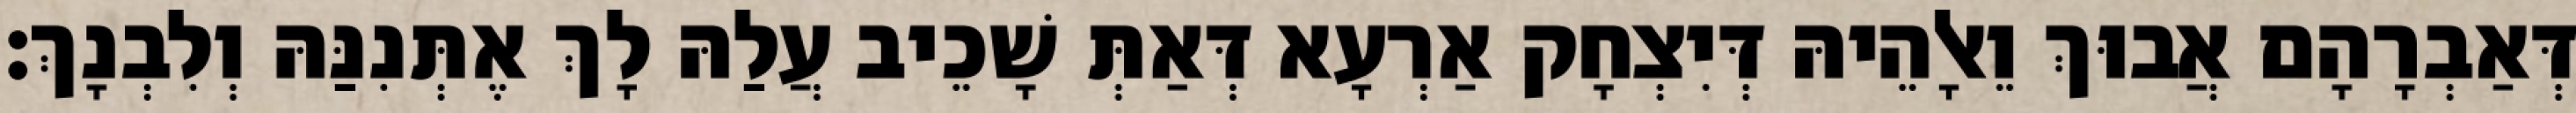
דְּאַבְרָהָם אֲבוּךְ וֵאלָהֵיהּ דְּיִצְחָק אַרְעָא דְּאַתְּ שָׁכֵיב עֲלַהּ לָךְ אֶתְּנִנַּהּ וְלִבְנָךְ׃